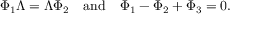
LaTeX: \Phi _ { 1 } \Lambda = \Lambda \Phi _ { 2 } \quad \mathrm { a n d } \quad \Phi _ { 1 } - \Phi _ { 2 } + \Phi _ { 3 } = 0 .